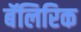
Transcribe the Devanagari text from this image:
बॅलिरिक